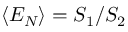
\langle { \cal E } _ { N } \rangle = S _ { 1 } / S _ { 2 }